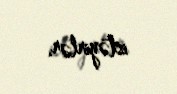
istəyirlər.